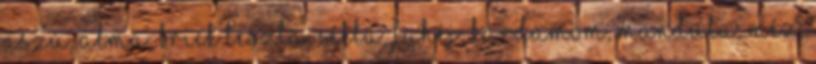
Aszú, alma, brick tészta, cékla, fahéj, kardamom, mandula, méz,